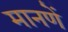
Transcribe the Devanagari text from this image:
मानणें